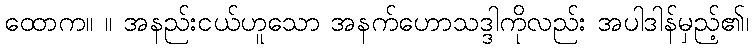
ထောက။ ။ အနည်းငယ်ဟူသော အနက်ဟောသဒ္ဒါကိုလည်း အပါဒါန်မှည့်၏၊